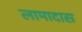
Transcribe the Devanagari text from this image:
लामादास